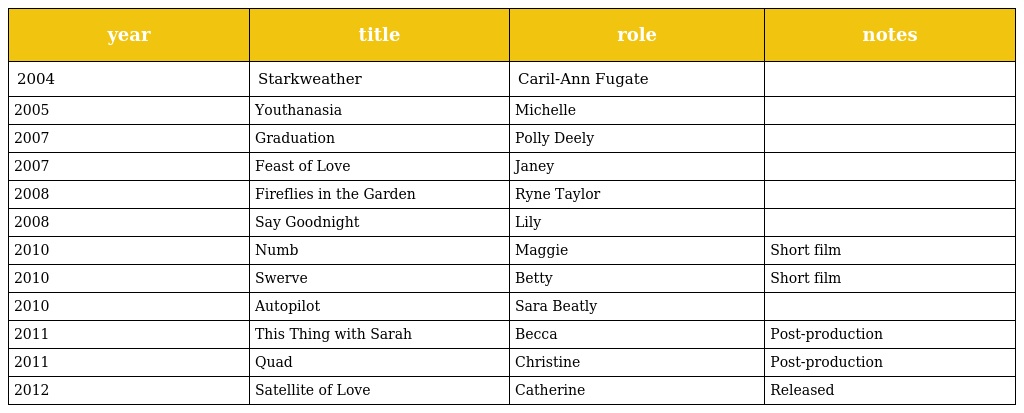
| year | title | role | notes |
 | --- | --- | --- | --- |
 | 2004 | Starkweather | Caril-Ann Fugate |  |
 | 2005 | Youthanasia | Michelle |  |
 | 2007 | Graduation | Polly Deely |  |
 | 2007 | Feast of Love | Janey |  |
 | 2008 | Fireflies in the Garden | Ryne Taylor |  |
 | 2008 | Say Goodnight | Lily |  |
 | 2010 | Numb | Maggie | Short film |
 | 2010 | Swerve | Betty | Short film |
 | 2010 | Autopilot | Sara Beatly |  |
 | 2011 | This Thing with Sarah | Becca | Post-production |
 | 2011 | Quad | Christine | Post-production |
 | 2012 | Satellite of Love | Catherine | Released |